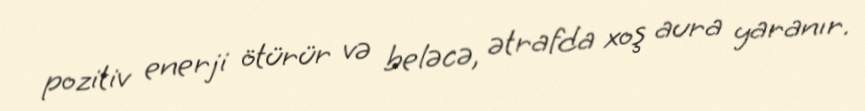
pozitiv enerji ötürür və beləcə, ətrafda xoş aura yaranır.